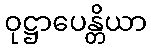
ဝုဋ္ဌာပေန္တိယာ